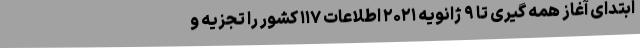
ابتدای آغاز همه گیری تا ۹ ژانویه ۲۰۲۱ اطلاعات ۱۱۷ کشور را تجزیه و